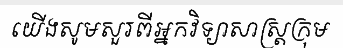
យើងសូមសួរពីអ្នកវិទ្យាសាស្ត្រក្រុម